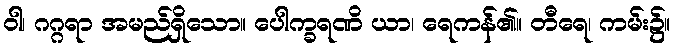
ဝါ၊ ဂဂ္ဂရာ အမည်ရှိသော။ ပေါက္ခရဏိ ယာ၊ ရေကန်၏။ တီရေ၊ ကမ်း၌။